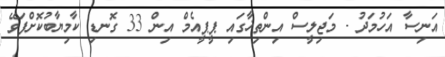
އަނިސާ އަހުމަދު - މަޖިލީސް އިންތިޚާގައި ޕީޕީއެމް އިން 33 ގޮނޑި ކާމިޔާބުކޮށްފަވޭ